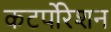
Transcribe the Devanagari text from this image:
कटर्पोरेशन